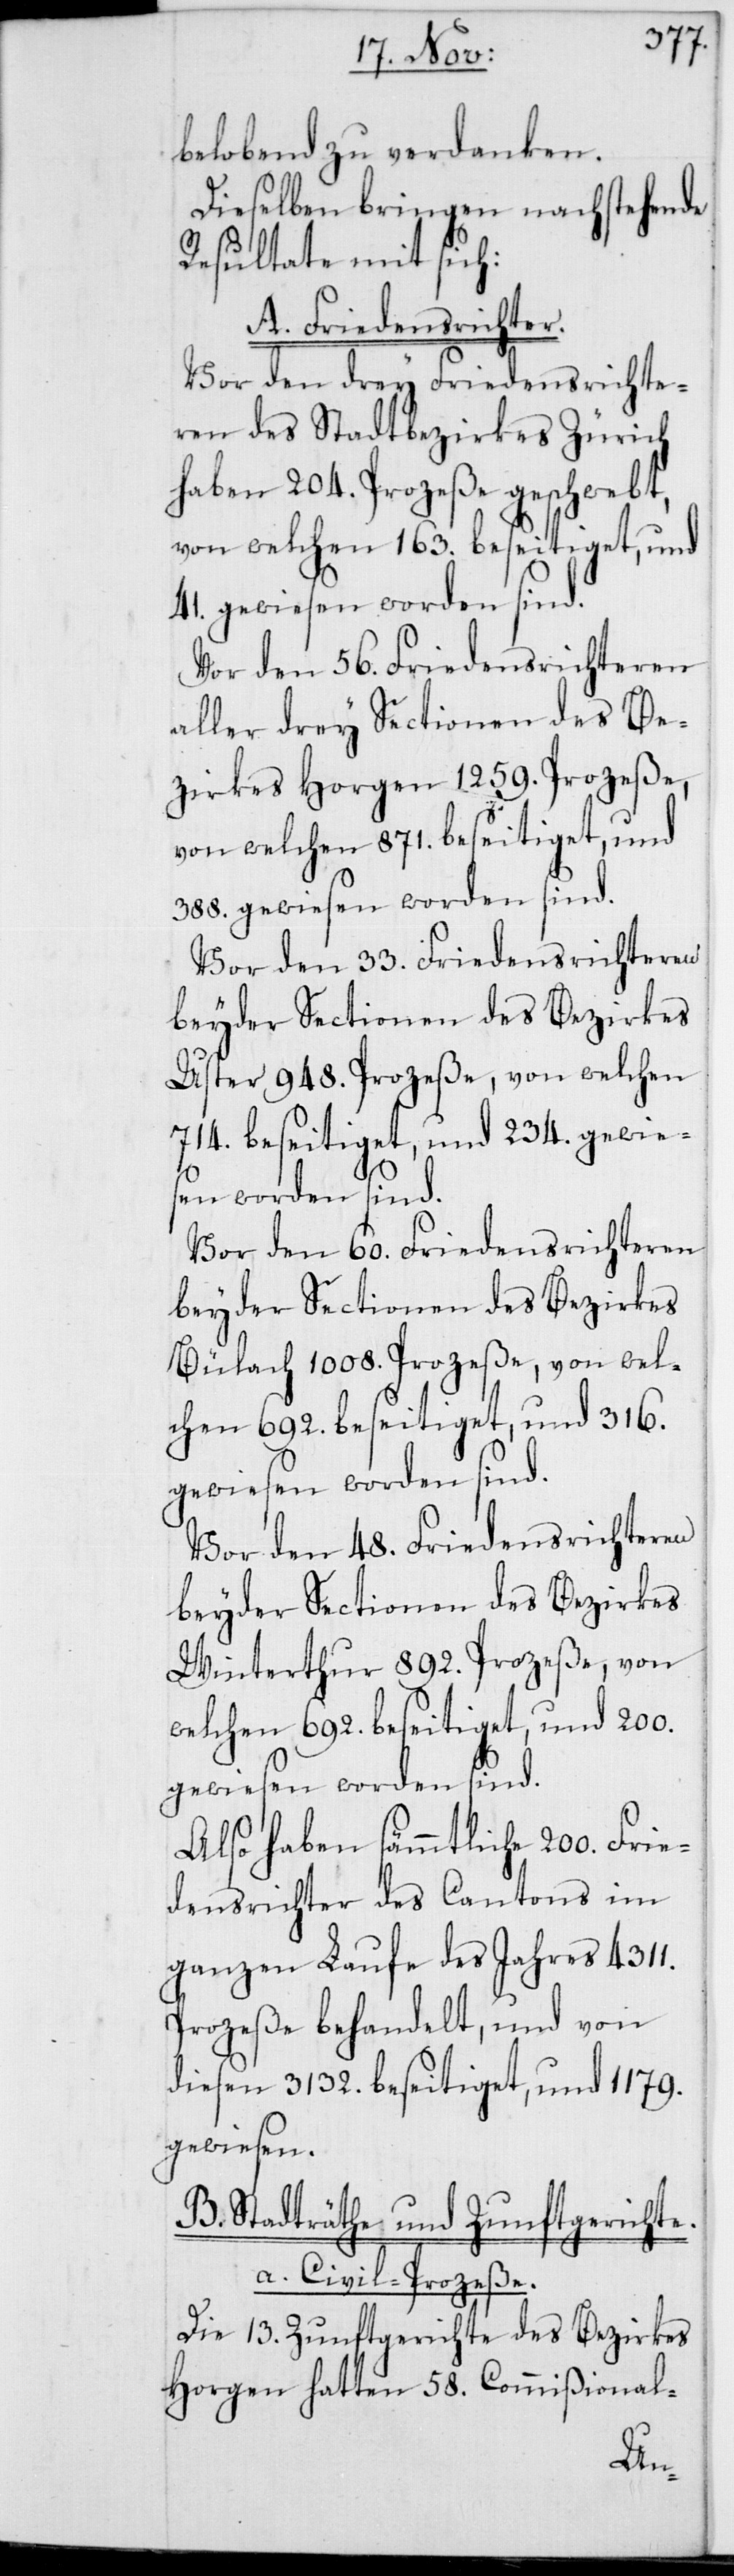
belobend zu verdanken.
Dieselben bringen nachstehende
Resultate mit sich:
A. Friedensrichter.
Vor den drey Friedensrichte¬
ren des Stadtbezirkes Zürich
haben 204. Prozeße geschwebt,
von welchen 163. beseitiget, und
41. gewiesen worden sind.
Vor den 56. Friedensrichteren
aller drey Sectionen des Be¬
zirkes Horgen 1259. Prozeße,
von welchen 871. beseitiget, und
388. gewiesen worden sind.
Vor den 33. Friedensrichteren
beyder Sectionen des Bezirkes
Uster 948. Prozeße, von welchen
714. beseitiget, und 234. gewie¬
sen worden sind.
Vor den 60. Friedensrichteren
beyder Sectionen des Bezirkes
Bülach 1008. Prozeße, von wel¬
chen 692. beseitiget, und 316.
gewiesen worden sind.
Vor den 48. Friedensrichteren
beyder Sectionen des Bezirkes
Winterthur 892. Prozeße, von
welchen 692. beseitiget, und 200.
gewiesen worden sind.
Also haben sämmtliche 200. Frie¬
densrichter des Cantons im
ganzen Laufe des Jahres 4311.
Prozeße behandelt, und von
diesen 3132. beseitiget, und 1179.
gewiesen.
B. Stadträthe und Zunftgerichte.
a) Civilprozeße.
Die 13. Zunftgerichte des Bezirkes
Horgen hatten 58. Commißional-